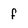
Character: f